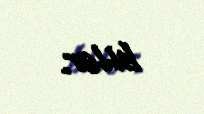
bilər.